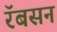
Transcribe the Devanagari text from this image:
रॅबसन